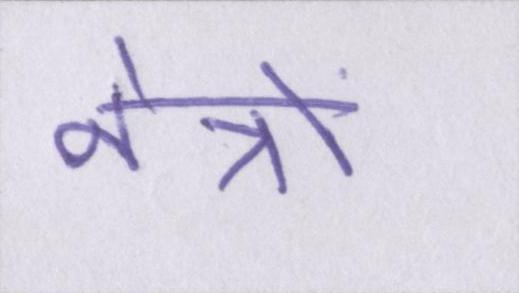
नेत्रों